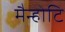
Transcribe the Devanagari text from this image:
मैन्होटि